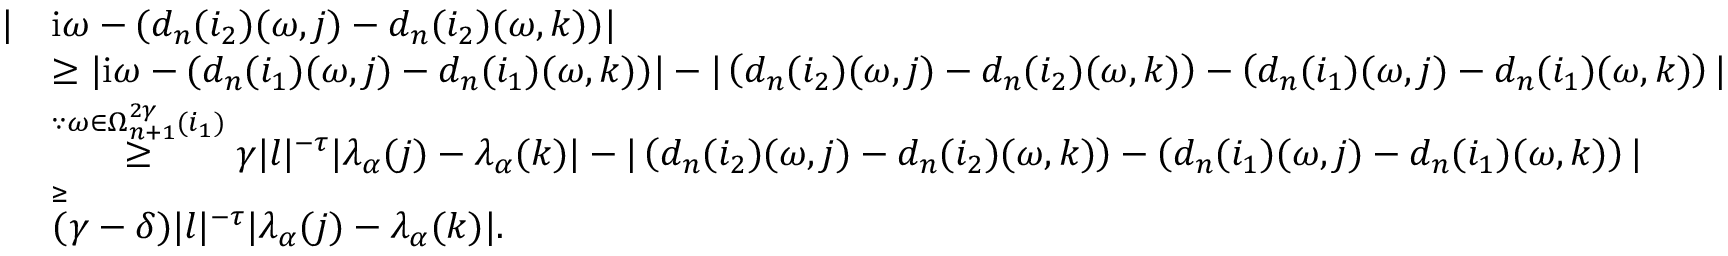
\begin{array} { r l } { | } & { \mathrm { i } \omega - ( d _ { n } ( i _ { 2 } ) ( \omega , j ) - d _ { n } ( i _ { 2 } ) ( \omega , k ) ) | } \\ & { \ge | \mathrm { i } \omega - ( d _ { n } ( i _ { 1 } ) ( \omega , j ) - d _ { n } ( i _ { 1 } ) ( \omega , k ) ) | - | \left( d _ { n } ( i _ { 2 } ) ( \omega , j ) - d _ { n } ( i _ { 2 } ) ( \omega , k ) \right) - \left( d _ { n } ( i _ { 1 } ) ( \omega , j ) - d _ { n } ( i _ { 1 } ) ( \omega , k ) \right) | } \\ & { \overset { \because \omega \in \Omega _ { n + 1 } ^ { 2 \gamma } ( i _ { 1 } ) } \ge \gamma | l | ^ { - \tau } | \lambda _ { \alpha } ( j ) - \lambda _ { \alpha } ( k ) | - | \left( d _ { n } ( i _ { 2 } ) ( \omega , j ) - d _ { n } ( i _ { 2 } ) ( \omega , k ) \right) - \left( d _ { n } ( i _ { 1 } ) ( \omega , j ) - d _ { n } ( i _ { 1 } ) ( \omega , k ) \right) | } \\ & { \overset \ge ( \gamma - \delta ) | l | ^ { - \tau } | \lambda _ { \alpha } ( j ) - \lambda _ { \alpha } ( k ) | . } \end{array}